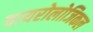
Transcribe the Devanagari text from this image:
वायरोलोजिकल